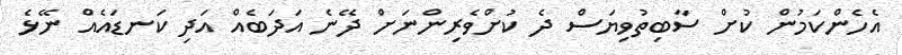
އެހެންކަމުން ކުށް ސާބިތުވިޔަސް ދެ ކުށްވެރިންނަށް ދޭނެ އަދަބެއް އަދި ކަނޑައެއް ނޭޅެ